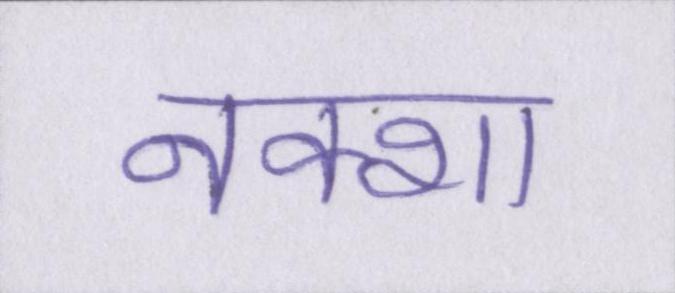
नक्शा